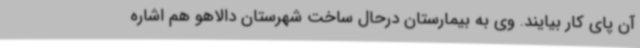
آن پای کار بیایند. وی به بیمارستان درحال ساخت شهرستان دالاهو هم اشاره